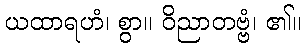
ယထာရဟံ၊ စွာ။ ဝိညာတဗ္ဗံ၊ ၏။